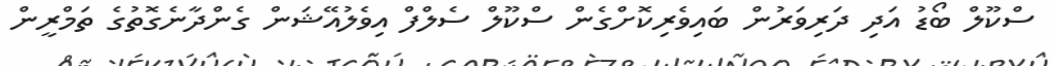
ސްކޫލް ބޯޑު އަދި ދަރިވަރުން ބައިވެރިކޮށްގެން ސްކޫލް ސެލްފް އިވެލުއޭޝަން ގެންދާނެގޮތުގެ ތަމްރީން